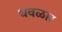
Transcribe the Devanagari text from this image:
धवळार